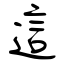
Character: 這